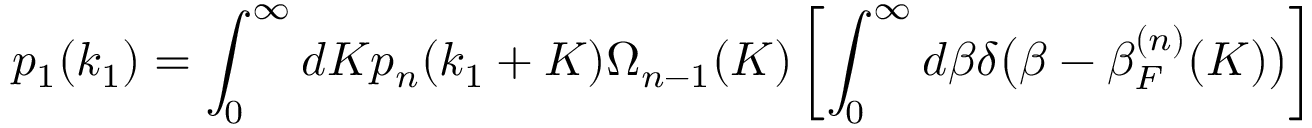
p _ { 1 } ( k _ { 1 } ) = \int _ { 0 } ^ { \infty } d K p _ { n } ( k _ { 1 } + K ) \Omega _ { n - 1 } ( K ) \left[ \int _ { 0 } ^ { \infty } d \beta \delta \big ( \beta - \beta _ { F } ^ { ( n ) } ( K ) \big ) \right]